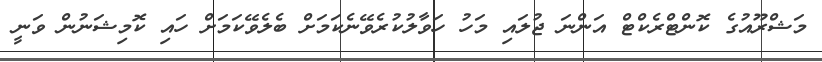
މަޝްރޫއުގެ ކޮންޓްރެކްޓް އަންނަ ޖުލައި މަހު ހަވާލުކުރެވޭނެކަމަށް ބެލެވޭކަމަށް ހައި ކޮމިޝަނުން ވަނީ